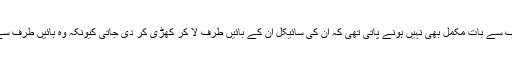
عبدالرحیم کھوکھر کی ملّا لطیف سے بات مکمل بھی نہیں ہونے پاتی تھی کہ ان کی سائیکل ان کے بائیں طرف لا کر کھڑی کر دی جاتی کیونکہ وہ بائیں طرف سے سائیکل پر سوار ہوتے تھے۔